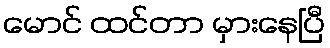
မောင် ထင်တာ မှားနေပြီ